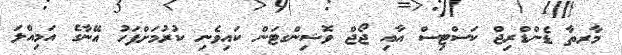
މާރތާ ޑެންޑްރިޖް ކަސްޓިސް އާއި ޖޯޖް ވޮޝިންގޓަން ކައިވެނި ކުރުމަށްފަހު އޭނާގެ އަމިއްލަ